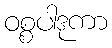
ဝစ္စပါဒုကာ